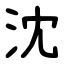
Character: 沈